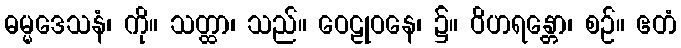
ဓမ္မဒေသနံ၊ ကို။ သတ္ထာ၊ သည်။ ဝေဠုဝနေ၊ ၌။ ဝိဟရန္တော၊ စဉ်။ ဧတံ